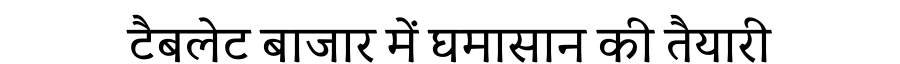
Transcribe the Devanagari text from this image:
टैबलेट बाजार में घमासान की तैयारी